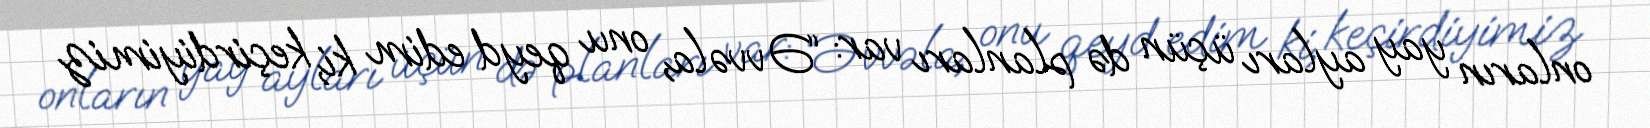
onların yay ayları üçün də planları var: “Əvvəla, onu qeyd edim ki, keçirdiyimiz